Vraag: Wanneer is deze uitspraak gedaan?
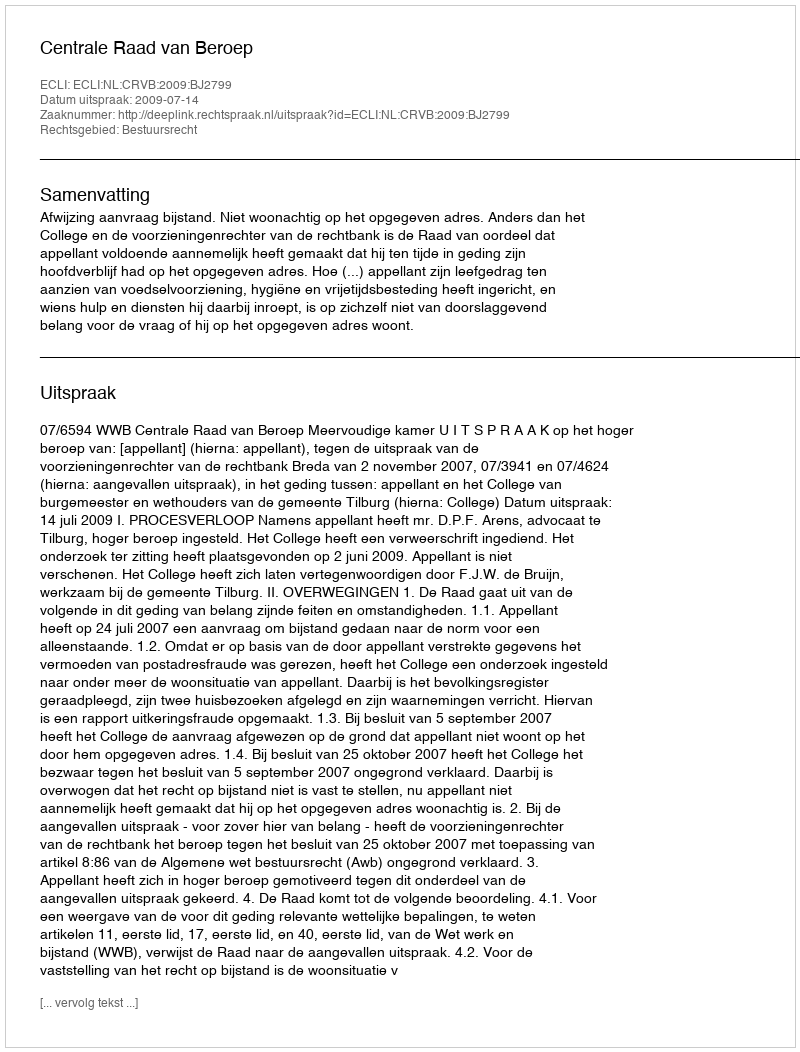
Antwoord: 2009-07-14